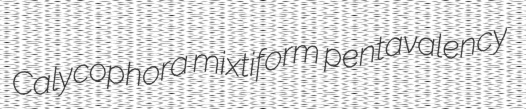
Calycophora mixtiform pentavalency